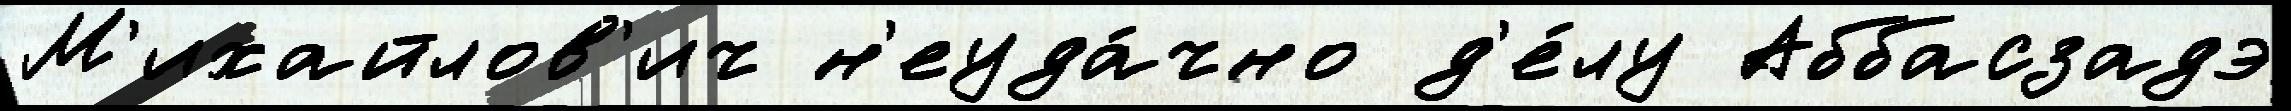
М'ихайлов'ич н'еуда́чно д'е́лу Аббасзадэ